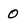
Character: 0